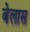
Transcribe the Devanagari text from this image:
बेलास